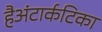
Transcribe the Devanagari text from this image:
हैअंटार्कटिका